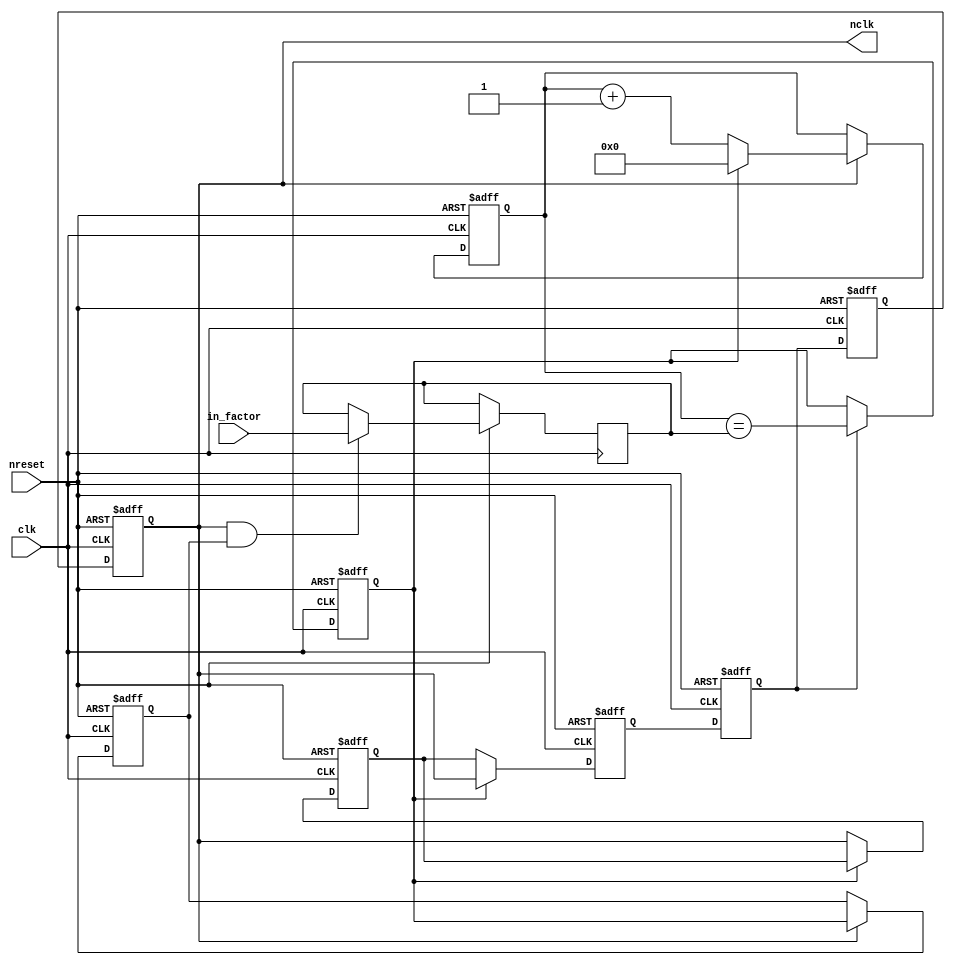

module divider(
	input wire clk,
	input wire nreset,
	input wire [15:0]in_factor,
	output wire nclk
);

reg r0, r1, r2, r3, r4;

reg [15:0]factor=0;
reg [15:0]fcnt;
reg short;
reg short_f;

always @(posedge clk or negedge nreset)
begin
	if(~nreset)
		begin
			r0 <= 0;
			r1 <= 0;
			r2 <= 0;
			r3 <= 0;
			r4 <= 1;
		end
	else
		begin
			r0 <= r1;
			r1 <= r2;
			r2 <= r3;
			if(short)
				r3 <= r0;
			else
				r3 <= r4;
			if(~short)
				r4 <= r0;
		end
end

assign nclk = r0;

always @(posedge clk or negedge nreset)
	if(~nreset)
	begin
		fcnt <= 0;
		short <= 0;
		short_f <= 0;
	end
	else
	begin
		if(r0)
			fcnt <= short ? 0 : fcnt +1;
		if(r2)
			short <= (fcnt == factor);
			
		if(r0)
			short_f <= short;
		
		if(r0 & short_f)
			factor <= in_factor;
	end

endmodule